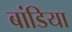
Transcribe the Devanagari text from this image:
बांडिया